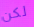
لكن